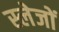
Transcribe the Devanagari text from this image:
स्लेजों